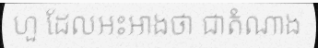
ហួ ដែលអះអាងថា ជាតំណាង